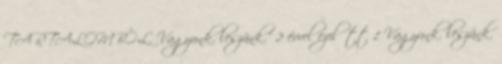
TARTALOMBÓL. Vagyunk. leszünk." 2 évvel ezelőtt 1 Vagyunk. leszünk.